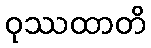
ဝုဿထာတိ